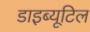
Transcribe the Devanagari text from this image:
डाइब्यूटिल